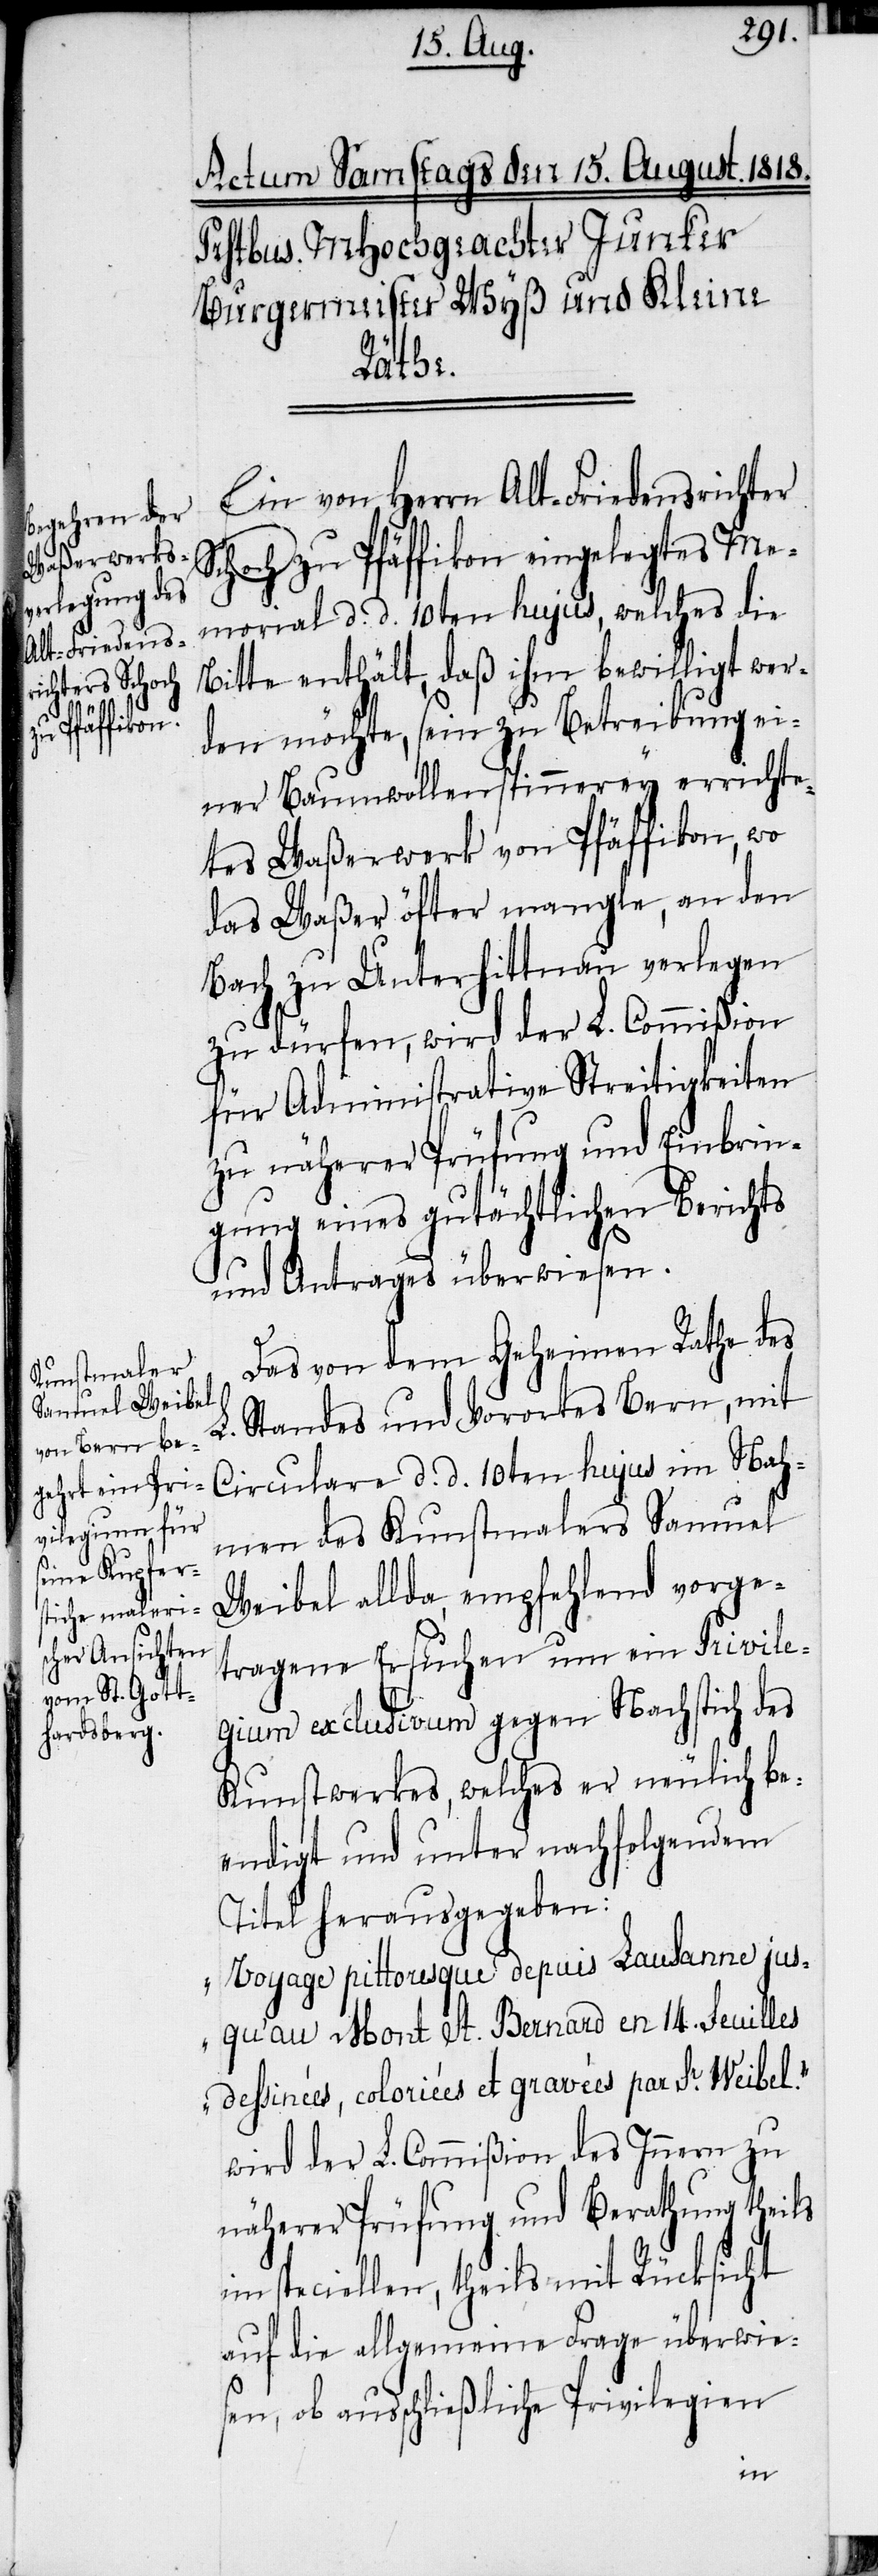
Ein von Herrn Alt-Friedensrichter
Schoch zu Pfäffikon eingelegtes Me¬
morial d. d. 10ten hujus, welches die
Bitte enthält, daß ihm bewilligt wer¬
den möchte, sein zu Betreibung ei¬
ner Baumwollenspinnerey errichte¬
tes Waßerwerk von Pfäffikon, wo
das Waßer öfter mangle, an den
Bach zu Unterhittnau verlegen
zu dürfen, wird der L. Commißion
für Administrative Streitigkeiten
zu näherer Prüfung und Einbrin¬
gung eines gutächtlichen Berichts
und Antrages überwiesen.
Das von dem Geheimen Rathe des
L. Standes und Vorortes Bern, mit
Circulare d. d. 10ten hujus im Nah¬
men des Kunstmalers Samuel
Weibel allda, empfehlend vorge¬
tragene Ersuchen um ein Privile¬
gium exclusivum gegen Nachstich des
Kunstwerkes, welches er neulich be¬
endigt und unter nachfolgendem
Titel herausgegeben:
„Voyage pittoresque depuis Lausanne jus¬
qu’au Mont St. Bernard en 14. Feuilles
dessinées, coloriées et gravées par Sr. Weibel.“
wird der L. Commißion des Innern zu
näherer Prüfung und Berathung theils
im speciellen, theils mit Rücksicht
auf die allgemeine Frage überwies¬
en, ob ausschließliche Privilegien